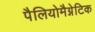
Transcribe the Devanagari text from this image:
पैलियोमैग्नेटिक